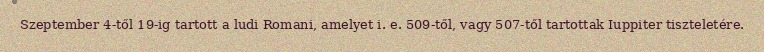
Szeptember 4-től 19-ig tartott a ludi Romani, amelyet i. e. 509-től, vagy 507-től tartottak Iuppiter tiszteletére.